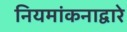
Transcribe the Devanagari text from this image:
नियमांकनाद्वारे